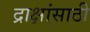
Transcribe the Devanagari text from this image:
द्राक्षांसाठी